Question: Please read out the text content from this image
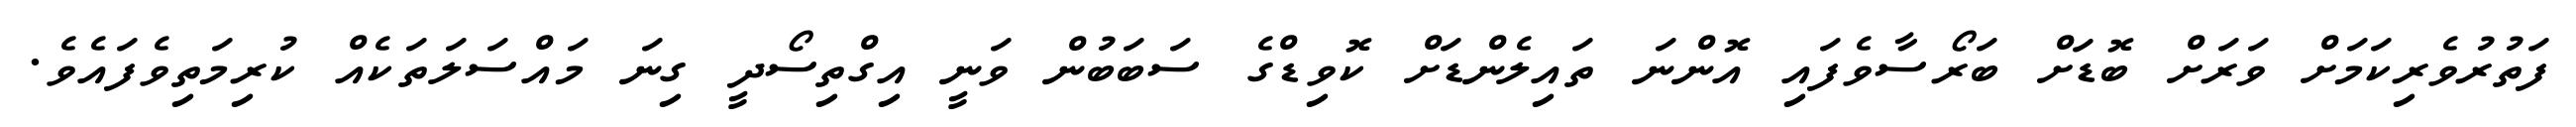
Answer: ފަތުރުވެރިކަމަށް ވަރަށް ބޮޑަށް ބަރޯސާވެފައި އޮންނަ ތައިލެންޑަށް ކޮވިޑްގެ ސަބަބުން ވަނީ އިގްތިސޯދީ ގިނަ މައްސަލަތަކެއް ކުރިމަތިވެފައެވެ.